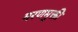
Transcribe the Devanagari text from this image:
मरणमुक्ती